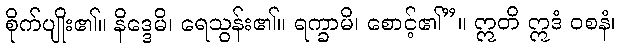
စိုက်ပျိုး၏။ နိဒ္ဒေမိ၊ ရေသွန်း၏။ ရက္ခာမိ၊ စောင့်၏”။ ဣတိ ဣဒံ ဝစနံ၊